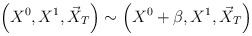
LaTeX: \begin{align*}\left(X^0,X^1,\vec{X}_T\right)\sim\left(X^0+\beta,X^1,\vec{X}_T\right)\end{align*}